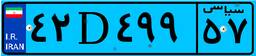
۹۱D۵۵۲۶۵